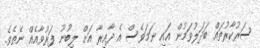
ސަރުކާރުތައް ބަދަލުވަމުން އައި ނަމަވެސް އެ ދާއިރާ އަށް ލިބުނު ފަރުވާއެއް ނެތެވެ.